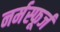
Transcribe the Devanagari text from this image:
नर्मस्फूर्ज